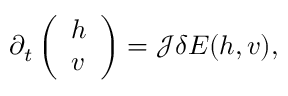
\partial _ { t } \left( \begin{array} { l } { h } \\ { v } \end{array} \right) = \mathscr { J } \delta E ( h , v ) ,